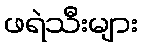
ဖရဲသီးများ